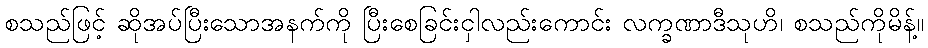
စသည်ဖြင့် ဆိုအပ်ပြီးသောအနက်ကို ပြီးစေခြင်းငှါလည်းကောင်း လက္ခဏာဒီသုဟိ၊ စသည်ကိုမိန့်။